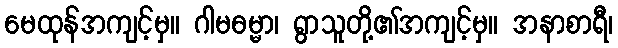
မေထုန်အကျင့်မှ။ ဂါမဓမ္မာ၊ ရွာသူတို့၏အကျင့်မှ။ အနာစာရီ၊